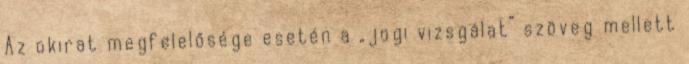
Az okirat megfelelősége esetén a „jogi vizsgálat” szöveg mellett